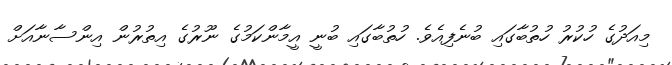
މިއަދުގެ ހުކުރު ހުތުބާގައި ބުނެފިއެވެ. ހުތުބާގައި ބުނީ އީމާންކަމުގެ ނޫރުގެ އިތުރުން އިންސާނާއަށް